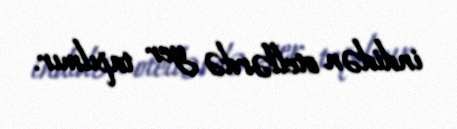
indidən otellərdə yer tapılmır.